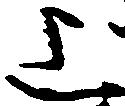
上